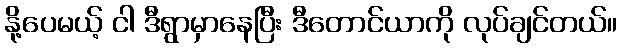
နို့ပေမယ့် ငါ ဒီရွာမှာနေပြီး ဒီတောင်ယာကို လုပ်ချင်တယ်။